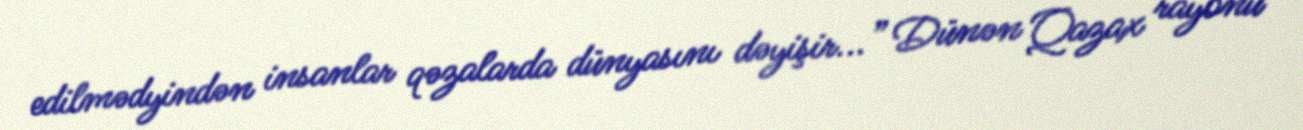
edilmədyindən insanlar qəzalarda dünyasını dəyişir...” Dünən Qazax rayonu